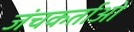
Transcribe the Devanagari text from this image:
जंचकर्ताओं